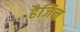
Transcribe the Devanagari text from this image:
हैजिन